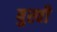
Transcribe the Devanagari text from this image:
बुस्वी